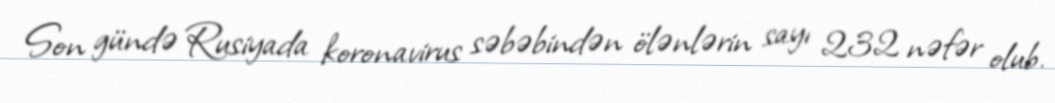
Son gündə Rusiyada koronavirus səbəbindən ölənlərin sayı 232 nəfər olub.